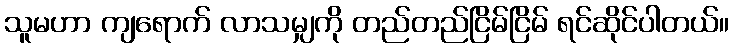
သူမဟာ ကျရောက် လာသမျှကို တည်တည်ငြိမ်ငြိမ် ရင်ဆိုင်ပါတယ်။